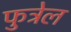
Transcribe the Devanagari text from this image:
फुट्रेल